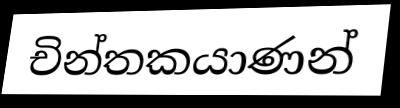
චින්තකයාණන්